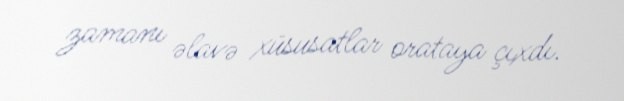
zamanı əlavə xüsusatlar orataya çıxdı.